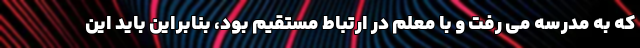
که به مدرسه می رفت و با معلم در ارتباط مستقیم بود، بنابراین باید این